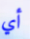
أي